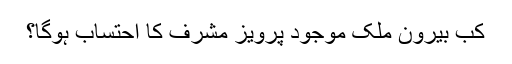
کب بیرون ملک موجود پرویز مشرف کا احتساب ہوگا؟